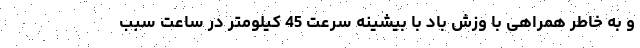
و به خاطر همراهی با وزش باد با بیشینه سرعت 45 کیلومتر در ساعت سبب